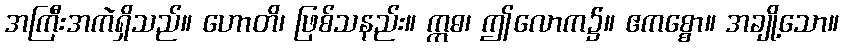
အကြီးအကဲရှိသည်။ ဟောတိ၊ ဖြစ်သနည်း။ ဣဓ၊ ဤလောက၌။ ဧကစ္စော။ အချို့သော။